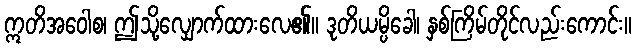
ဣတိအဝေါစ၊ ဤသို့လျှောက်ထားလေ၏။ ဒုတိယမ္ပိခေါ၊ နှစ်ကြိမ်တိုင်လည်းကောင်း။